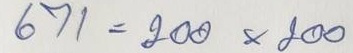
671 = 200 x 200